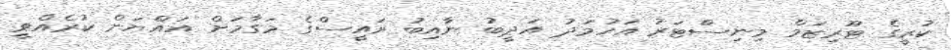
ކުރީގެ ޓޫރިޒަމް މިނިސްޓަރު އަހުމަދު އަދީބު ނާއިބު ރައީސްގެ މަގާމަށް އައްޔަން ކުރެއްވީ